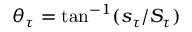
\theta _ { \tau } = \tan ^ { - 1 } ( s _ { \tau } / S _ { \tau } )